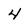
Character: 4